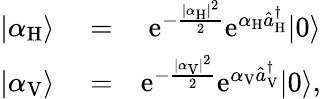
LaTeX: \begin{array}{rlr}{|\alpha_{\mathrm{H}}\rangle}&{{}=}&{\mathrm{e}^{-\frac{|\alpha_{\mathrm{H}}|^{2}}{2}}\mathrm{e}^{\alpha_{\mathrm{H}}\hat{a}_{\mathrm{H}}^{\dagger}}|0\rangle}\\ {|\alpha_{\mathrm{V}}\rangle}&{{}=}&{\mathrm{e}^{-\frac{|\alpha_{\mathrm{V}}|^{2}}{2}}\mathrm{e}^{\alpha_{\mathrm{V}}\hat{a}_{\mathrm{V}}^{\dagger}}|0\rangle,}\end{array}